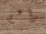
براعم